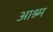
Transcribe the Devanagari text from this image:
आश्र्म